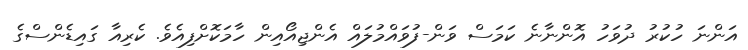
އަންނަ ހުކުރު ދުވަހު އޮންނާނެ ކަމަސް ވަން-ފުވައްމުލައް އެންޖިއޯއިން ހާމަކޮށްފިއެވެ. ކެރިިއާ ގައިޑެންސްގެ